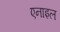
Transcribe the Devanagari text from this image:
एनाइल